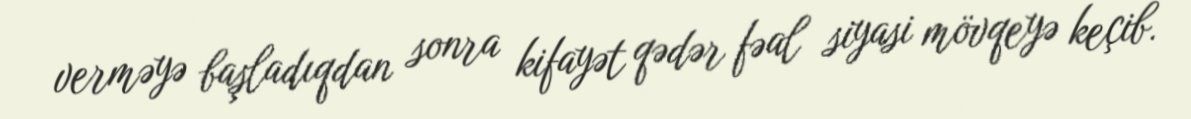
verməyə başladıqdan sonra kifayət qədər fəal siyasi mövqeyə keçib.